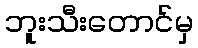
ဘူးသီးတောင်မှ